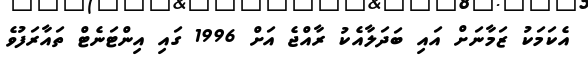
އެކަމަކު ޒަމާނަށް އައި ބަދަލާއެކު ރާއްޖެ އަށް 1996 ގައި އިންޓަނެޓް ތައާރަފުވެ